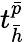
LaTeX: t_{\bar{h}}^{\bar{p}}